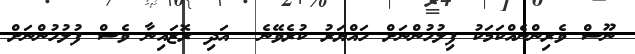
ނޫސް ވެރިންނެއްކަމަކު ފިލުހުންނަށް ހައްޔަރު ކުރެވޭނެ  އަދި ރޮޒައިނާ ވެސް ފުލުހުންނަށް